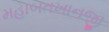
મહાબતખાનજી